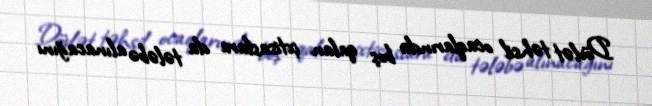
Dövlət təhsil ocaqlarında boş qalan ixtisaslara da tələbə alınacağını